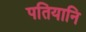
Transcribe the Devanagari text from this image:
पतियानि